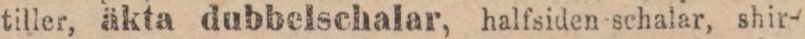
tiller, äkta dubbelschalar, halfsiden schalar, shir-